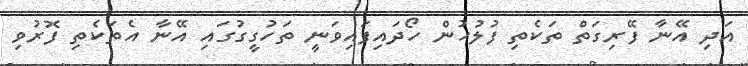
އަދި އޭނާ ފޭރިގަތް ތަކެތި ފުލުހުން ހޯދައިފައިވަނީ ތަހުގީގުގައި އޭނާ އެތަކެތި ފޮރުވި